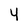
Character: 4